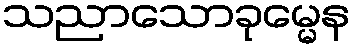
သညာသောခုမ္မေန